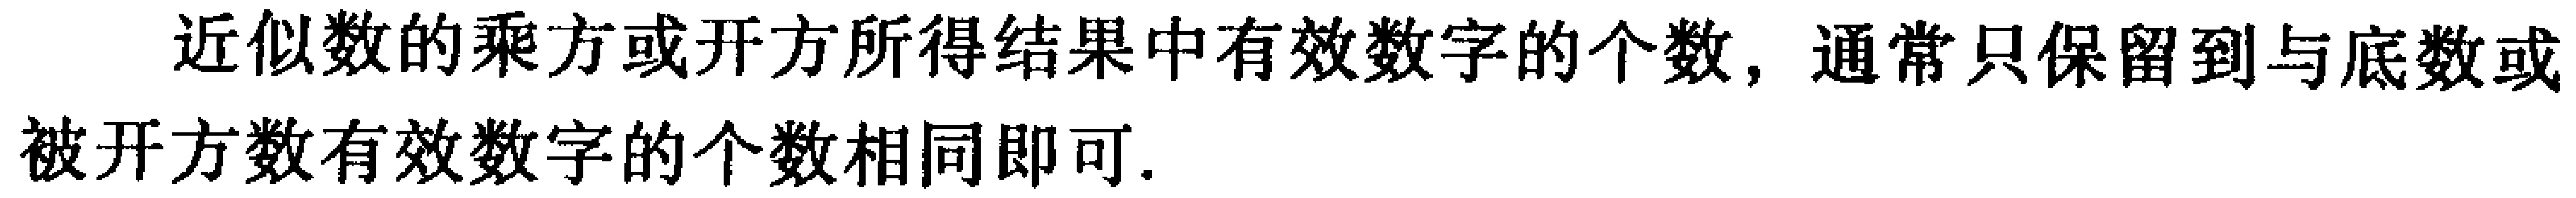
近似数的乘方或开方所得结果中有效数字的个数，通常只保留到与底数或被开方数有效数字的个数相同即可.